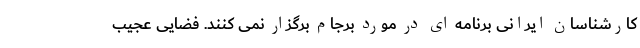
کارشناسان ایرانی برنامه ای در مورد برجام برگزار نمی کنند. فضایی عجیب